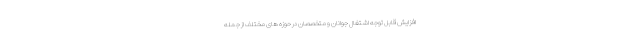
افزایش قابل توجه اشتغال جوانان و متخصصان در حوزه های مختلف از جمله